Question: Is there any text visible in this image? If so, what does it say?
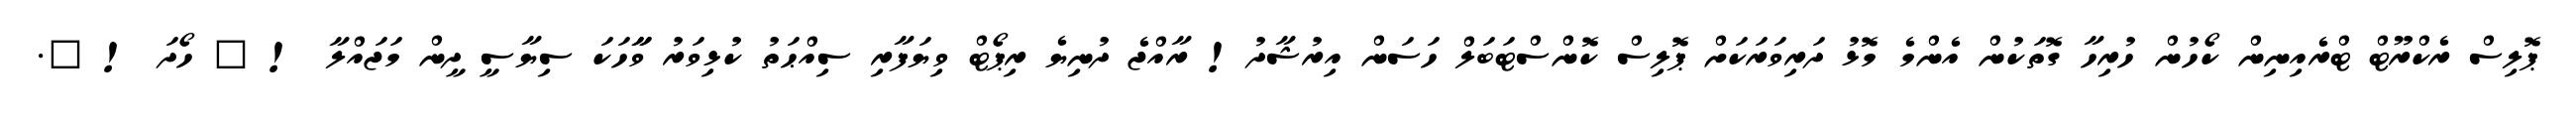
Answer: ޕޮލިސް ރެކްރޫޓް ޓްރެއިނިން ކޯހުން ހުރިހާ ގޮތަކުން އެންމެ މޮޅު ދަރިވަރަކަށް ޕޮލިސް ކޮންސްޓަބަލް ހަސަން އިރުޝާދު! ރާއްޖެ ދުނިޔެ ރިޕޯޓް ވިޔަފާރި ސިއްޙަތު ކުޅިވަރު ވާާހަކަ ސިޔާސީ ދީން މަޖައްލާ ! ? ހޯދަ ! ?.